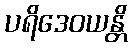
ပရိဒေဝယန္တိ